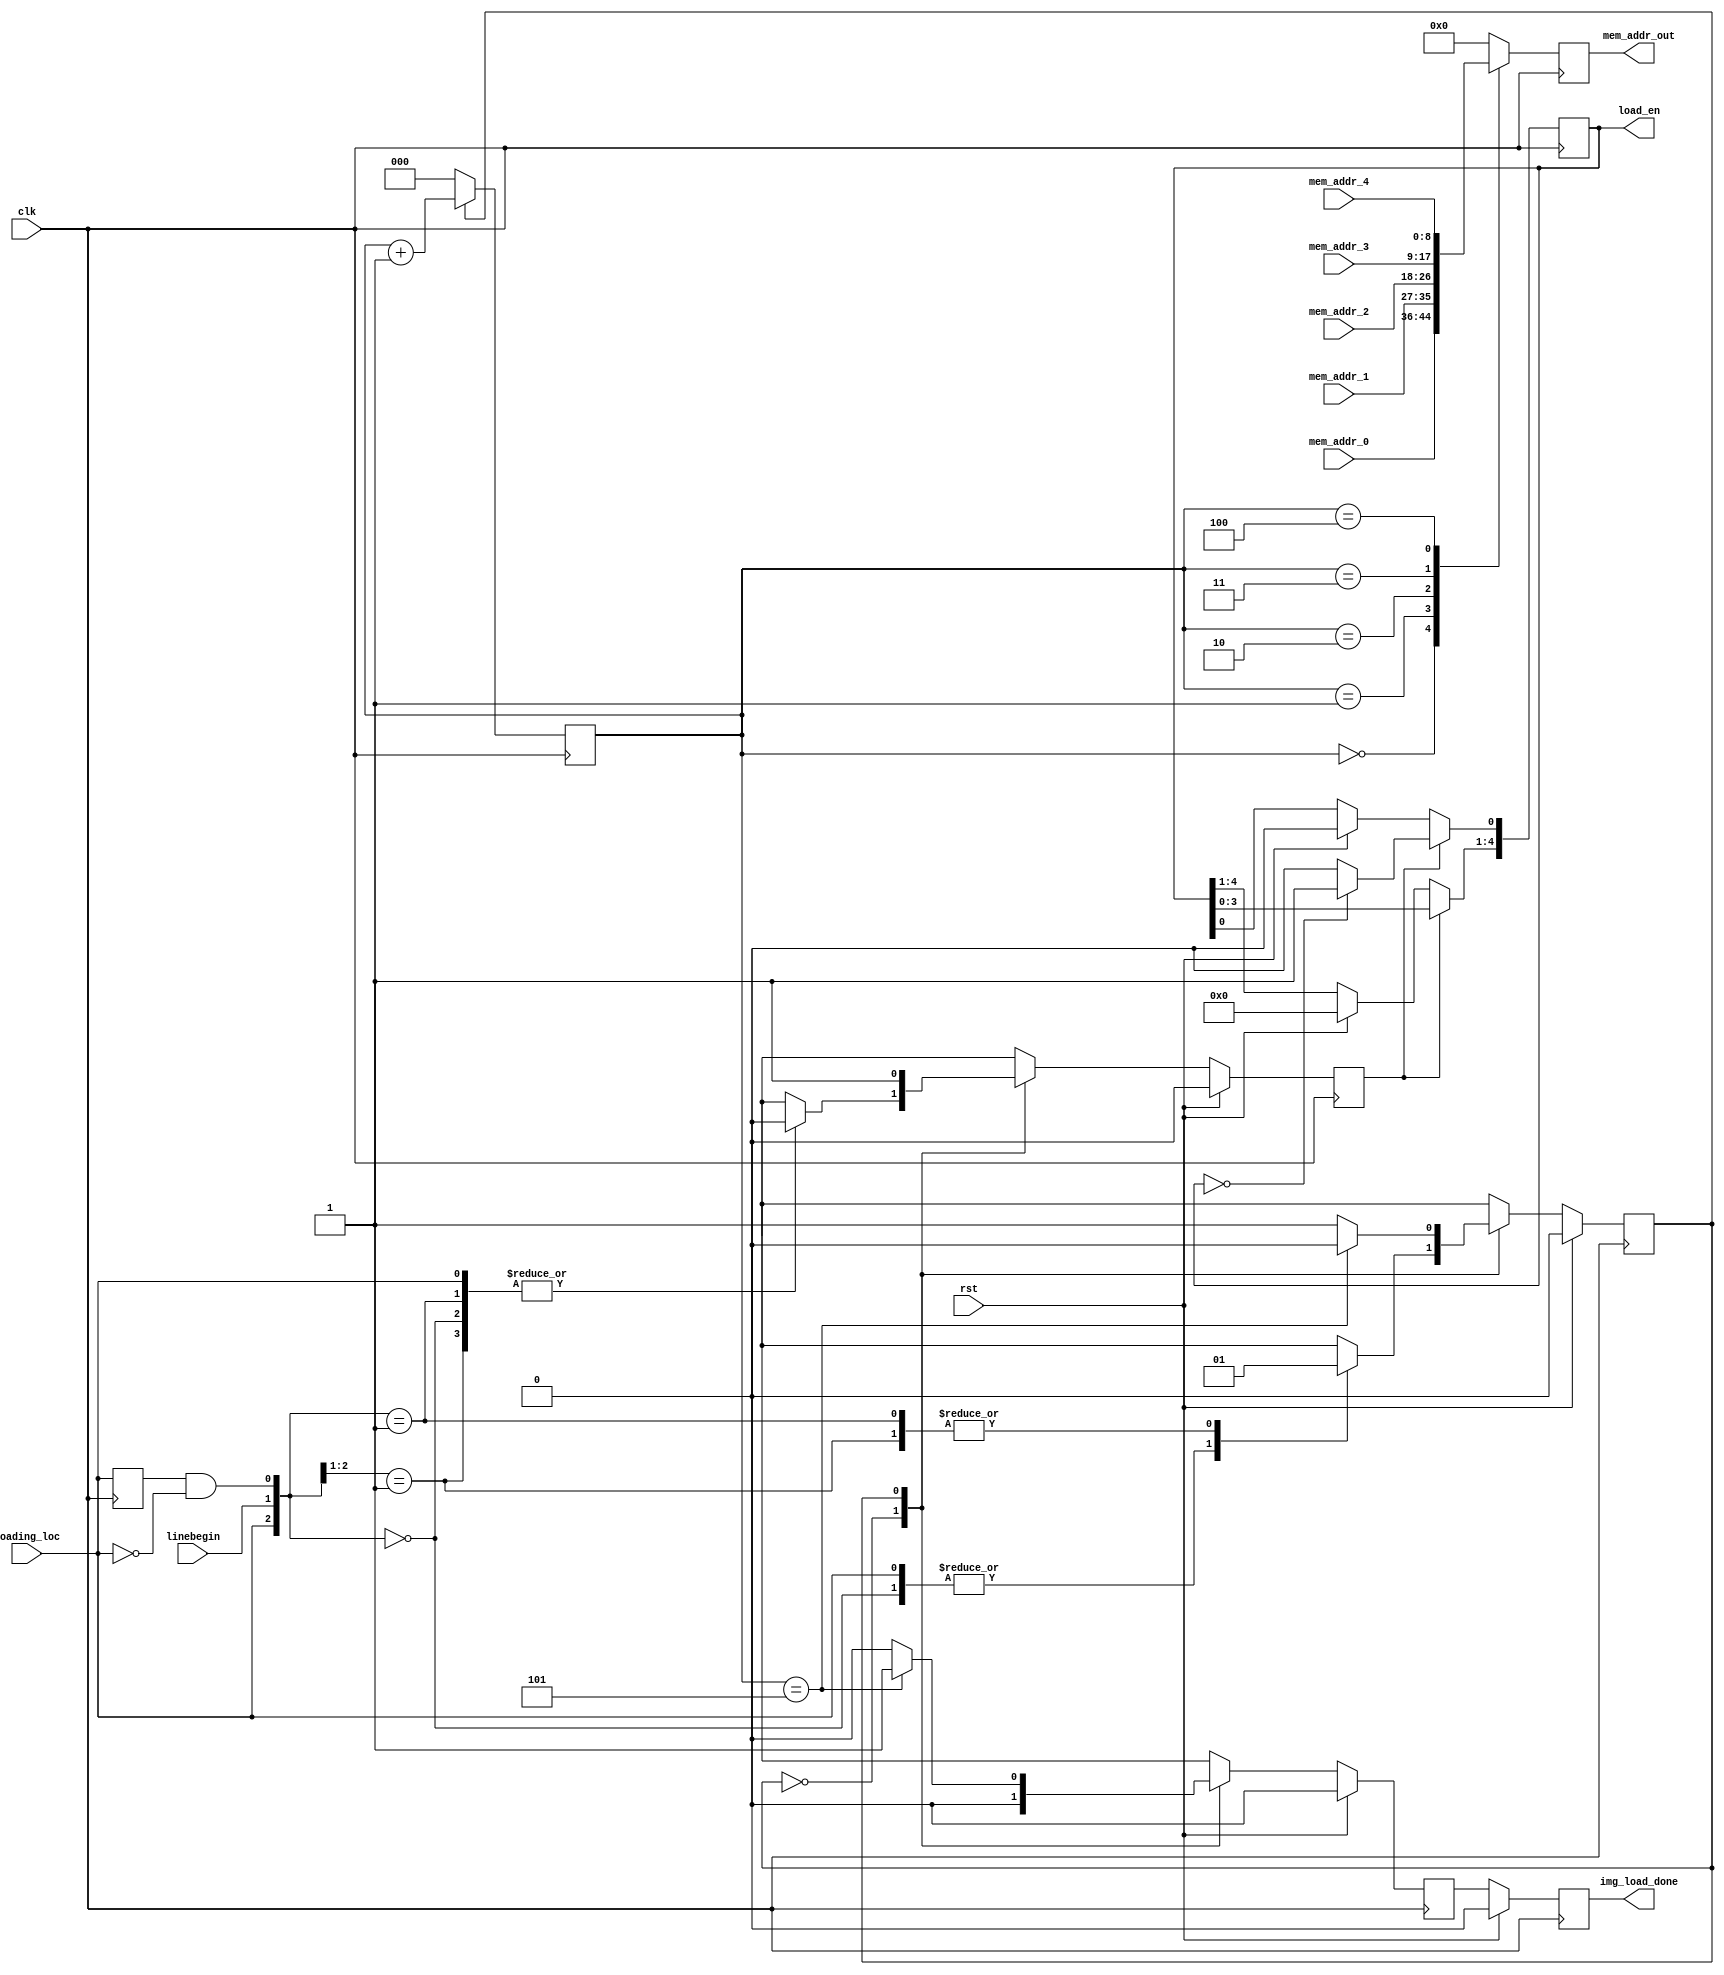
module load_sprite_image(
		input clk, rst,
		input loading_loc,
		input linebegin,
		input [8:0] mem_addr_0, mem_addr_1, mem_addr_2, mem_addr_3, mem_addr_4,
		
		output reg [8:0] mem_addr_out,
		output reg [4:0] load_en,
		output reg img_load_done
);
reg [2:0] cnt;


reg state_reg;

wire eq_max;
reg shft_en;
reg loading_loc1;
wire f_edge;
reg img_load_doneN;

parameter IDLE = 1'b0;
parameter LOAD = 1'b1;

assign eq_max = (cnt == 3'd5);
assign f_edge = loading_loc1 & ~loading_loc;

always @(posedge clk) begin
	if(rst) begin
		state_reg <= 1'b0;cnt<= 3'b0; load_en <= 5'b0; loading_loc1 <= 0; img_load_doneN <= 0; shft_en <= 0; img_load_done <= 0;
	end 
	else begin
	img_load_done <= img_load_doneN;
		case(state_reg)
			IDLE : begin
						casez({loading_loc,linebegin, f_edge})
								3'b1??			:  begin state_reg <= IDLE; shft_en <=0; end
								3'b01?			:  begin state_reg <= LOAD; shft_en <=0; end
								3'b000			:  begin state_reg <= IDLE; shft_en <=0; end
								3'b001         :  begin state_reg <= LOAD; shft_en <=0; end
								default			:  begin state_reg <= IDLE; shft_en <=0; end
						endcase
						img_load_doneN <= 0;
						
//						if(load_loc_done) begin
//							shft_en <= 1;
//							state_reg <= LOAD;
//						end
//						else begin
//							shft_en <= 0;
//							state_reg <= IDLE;
//						end
						
			end
			LOAD :  begin
							if(eq_max) begin
								shft_en <= 1; state_reg <= IDLE;
								img_load_doneN  <= 1;
							end
							else begin
								shft_en <= 1; state_reg <= LOAD;
								img_load_doneN <= 0;
							end
						end
			endcase
	end
//	
	loading_loc1 <= loading_loc;
//	
//	//counter
	if(state_reg == LOAD) cnt <= cnt+1;
	else cnt <= 3'b0;
	
//	if(1) cnt <= cnt+1;
//	else cnt <= 3'b0;
//	
//	//shft reg
		if(shft_en) begin
			if(load_en == 5'b00000) load_en[0] <= 1'b1;
			else load_en[0] <= 1'b0;
			load_en[4:1] <= load_en[3:0];
		end
//	
end


always @(posedge clk) begin
	case(cnt)
		5'd0 : mem_addr_out <= mem_addr_0;
		5'd1 : mem_addr_out <= mem_addr_1;
		5'd2 : mem_addr_out <= mem_addr_2;
		5'd3 : mem_addr_out <= mem_addr_3;
		5'd4 : mem_addr_out <= mem_addr_4;
		default : mem_addr_out <= 9'd0;
	endcase
end	


endmodule